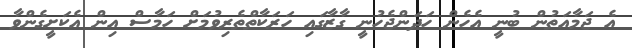
އެ ޖަމާއަތުން ބުނީ އެހެން ހަދަންޖެހުނީ ގާޒާގައި ހަރަކާތްތެރިވުމަށް ހަމާސް އިން އެކަށީގެންވާ